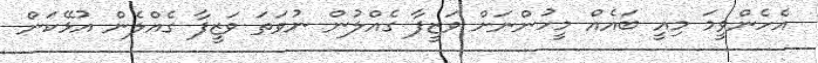
އެހެންވީމަ މިއީ ބައެއް މީހުންނަށް ވަޒީފާ ގެއްލުން ނުވަތަ ވަޒީފާ ގެއްލެން އުޅޭކަން